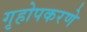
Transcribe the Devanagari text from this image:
गृहोपकरणे